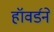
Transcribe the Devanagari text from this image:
हॉवर्डने